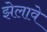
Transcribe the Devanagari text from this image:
झेलावे